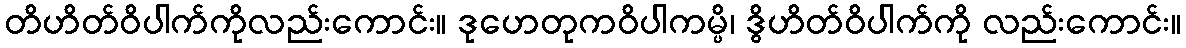
တိဟိတ်ဝိပါက်ကိုလည်းကောင်း။ ဒုဟေတုကဝိပါကမ္ပိ၊ ဒွိဟိတ်ဝိပါက်ကို လည်းကောင်း။